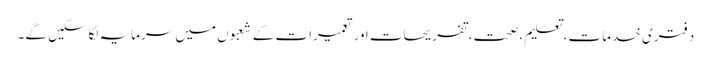
دفتری خدمات ، تعلیم، صحت، تفریحات اور تعمیرات کے شعبوں میں سرمایہ لگاسکیں گے۔